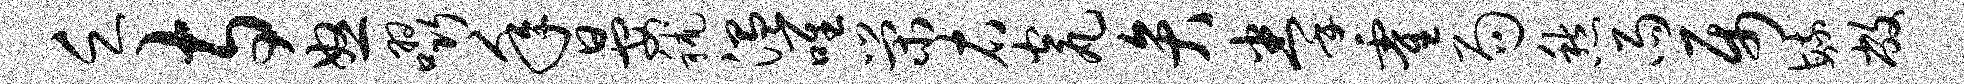
乏寺怒啜年晏秫温唯荣右瓮弁拳霍局愁雨属毓敝